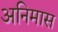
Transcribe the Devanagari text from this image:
अनिमास